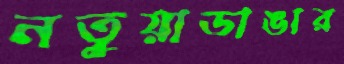
নতুয়াডাঙার